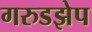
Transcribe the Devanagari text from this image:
गरुडझेप